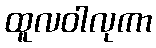
ထူလဝါလုကာ